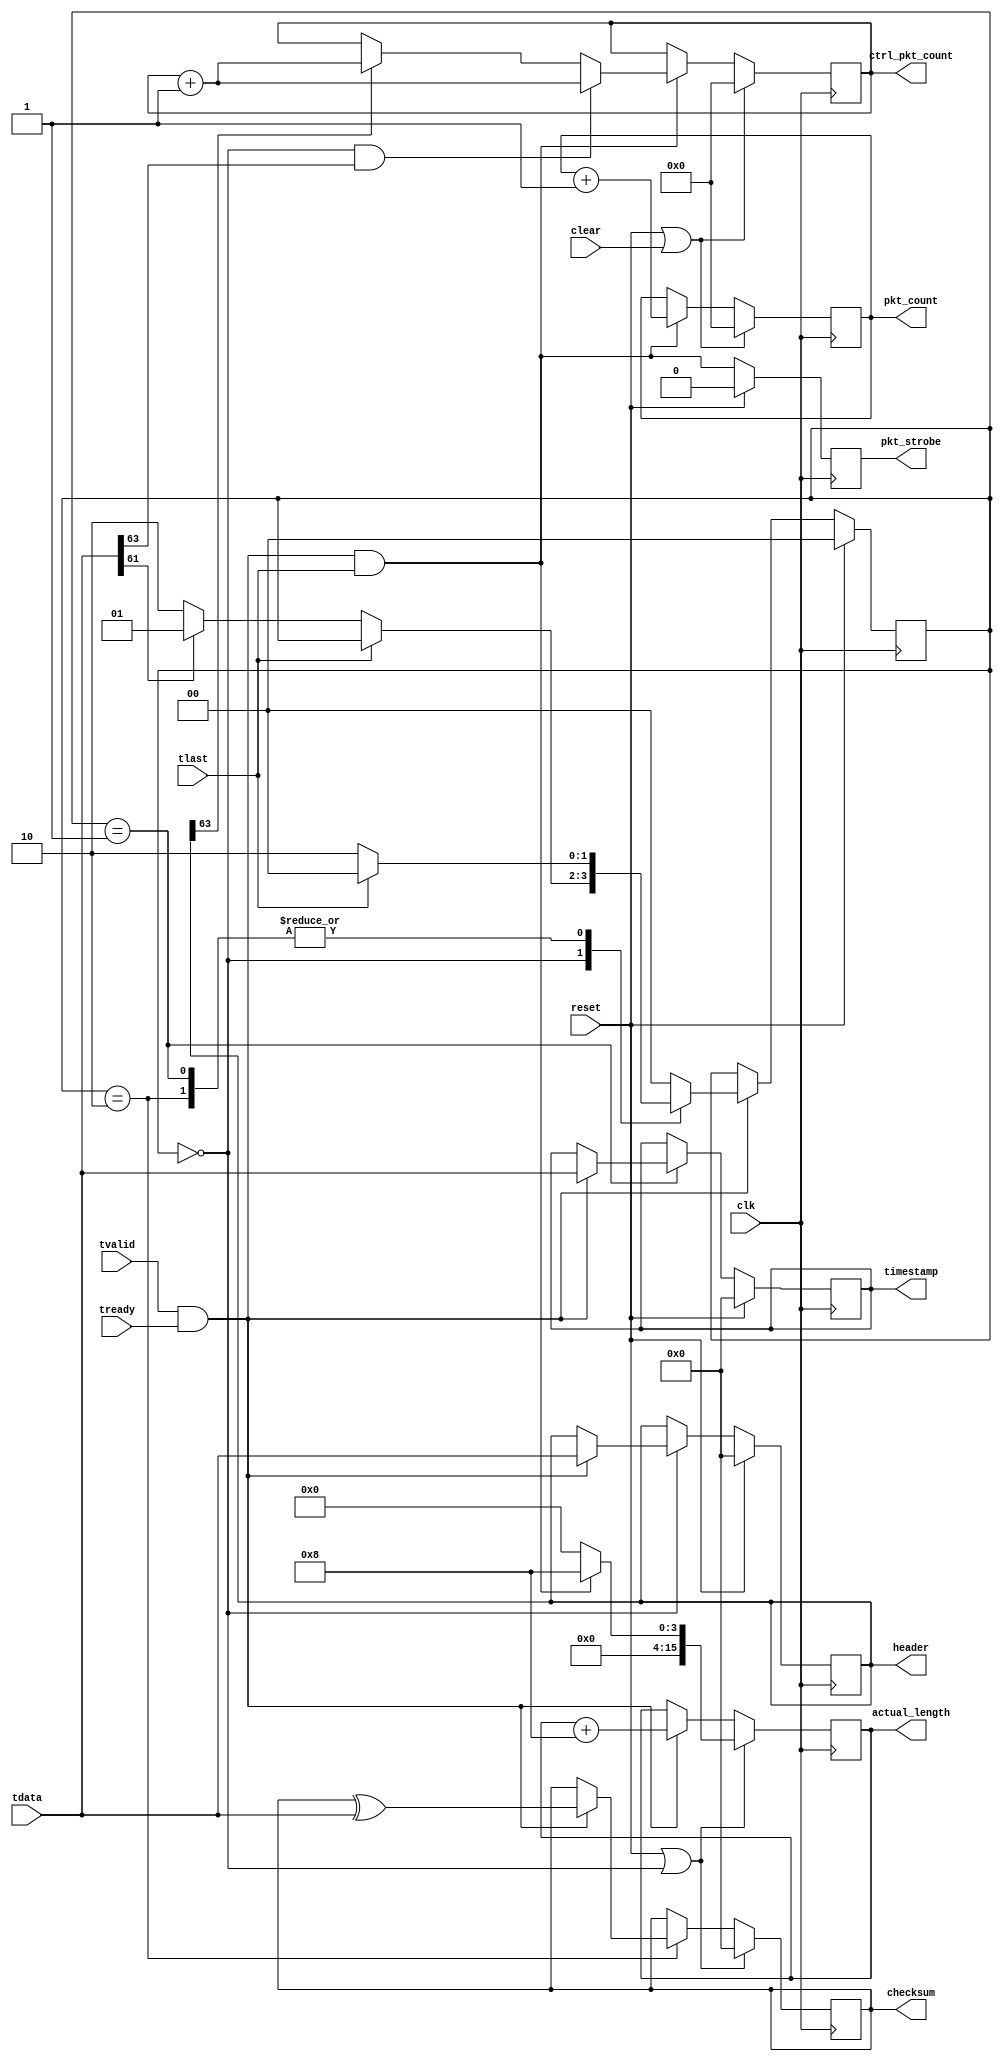
//
// Copyright 2014 Ettus Research LLC
//

module cvita_packet_debug (
   input          clk,
   input          reset,
   input          clear,

   //Packet In
   input [63:0]   tdata,
   input          tlast,
   input          tvalid,
   input          tready,

   //Per packet info
   output reg           pkt_strobe,
   output reg [63:0]    header,
   output reg [63:0]    timestamp,
   output reg [15:0]    actual_length,
   output reg [63:0]    checksum,
   
   //Statistics
   output reg [31:0]    pkt_count,
   output reg [31:0]    ctrl_pkt_count
);

   localparam ST_HEADER = 2'd0;
   localparam ST_TIME   = 2'd1;
   localparam ST_DATA   = 2'd2;

   //Packet state logic
   reg [1:0]   pkt_state;
   always @(posedge clk) begin
      if (reset) begin
         pkt_state <= ST_HEADER;
      end else if (tvalid & tready) begin
         case(pkt_state)
            ST_HEADER: begin
               if (!tlast) 
                  pkt_state <= (tdata[61]) ? ST_TIME : ST_DATA;
            end
            ST_TIME: begin
               pkt_state <= (tlast) ? ST_HEADER : ST_DATA;
            end
            ST_DATA: begin
               pkt_state <= (tlast) ? ST_HEADER : ST_DATA;
            end
            default: pkt_state <= ST_HEADER;
         endcase
      end
   end

   //Trigger logic
   always @(posedge clk)
      if (reset)
         pkt_strobe <= 1'b0;
      else
         pkt_strobe <= tvalid & tready & tlast;

   //Header capture
   always @(posedge clk)
      if (reset)
         header <= 64'd0;
      else if (pkt_state == ST_HEADER)
         if (tvalid & tready)
            header <= tdata;

   //Timestamp capture
   always @(posedge clk)
      if (reset)
         timestamp <= 64'd0;
      else if (pkt_state == ST_TIME)
         if (tvalid & tready)
            timestamp <= tdata;

   //Length capture
   always @(posedge clk)
      if (reset || pkt_state == ST_HEADER)
         actual_length <= (tvalid & tready & tlast) ? 16'd8 : 16'd0;
      else
         if (tvalid & tready)
            actual_length <= actual_length + 16'd8;

   //Checksum capture
   always @(posedge clk)
      if (reset || pkt_state == ST_HEADER)
         checksum <= 64'd0;
      else if (pkt_state == ST_DATA)
         if (tvalid & tready)
            checksum <= checksum ^ tdata;

   //Counts
   always @(posedge clk)
      if (reset | clear) begin
         pkt_count      <= 32'd0;
         ctrl_pkt_count <= 32'd0;
      end else begin
         if (tvalid & tready & tlast) begin
            pkt_count <= pkt_count + 32'd1;
            if (pkt_state == ST_HEADER && tdata[63])
               ctrl_pkt_count <= ctrl_pkt_count + 32'd1;
            else if (header[63]) 
               ctrl_pkt_count <= ctrl_pkt_count + 32'd1;
         end
      end

endmodule // cvita_packet_debug